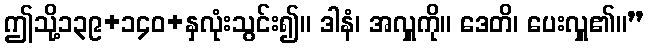
ဤသို့၁၃၉+၁၄၀+နှလုံးသွင်း၍။ ဒါနံ၊ အလှူကို။ ဒေတိ၊ ပေးလှူ၏။”